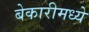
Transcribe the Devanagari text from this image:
बेकारीमध्ये